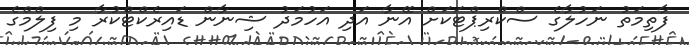
ފާތިމަތު ނަހުލާގެ ސްކްރިޕްޓަކަށް އޭނާ އަދި އަހުމަދު ޝިނާން ޑައިރެކްޓްކުރާ މި ފިލްމްގެ